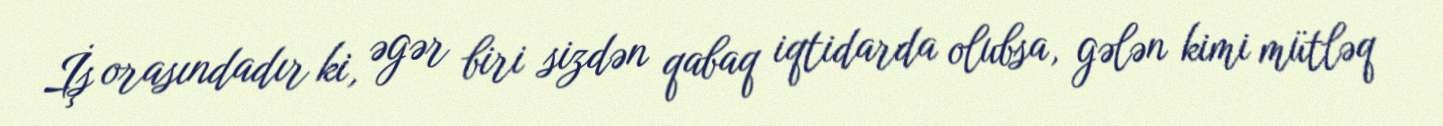
İş orasındadır ki, əgər biri sizdən qabaq iqtidarda olubsa, gələn kimi mütləq